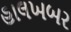
હાલખબર